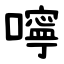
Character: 嚀